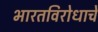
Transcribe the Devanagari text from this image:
भारतविरोधाचे